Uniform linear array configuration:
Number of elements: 8
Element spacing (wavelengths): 0.5
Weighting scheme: binomial
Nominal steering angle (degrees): -30
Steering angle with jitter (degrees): -31.314
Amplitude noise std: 0.05
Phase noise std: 0.05

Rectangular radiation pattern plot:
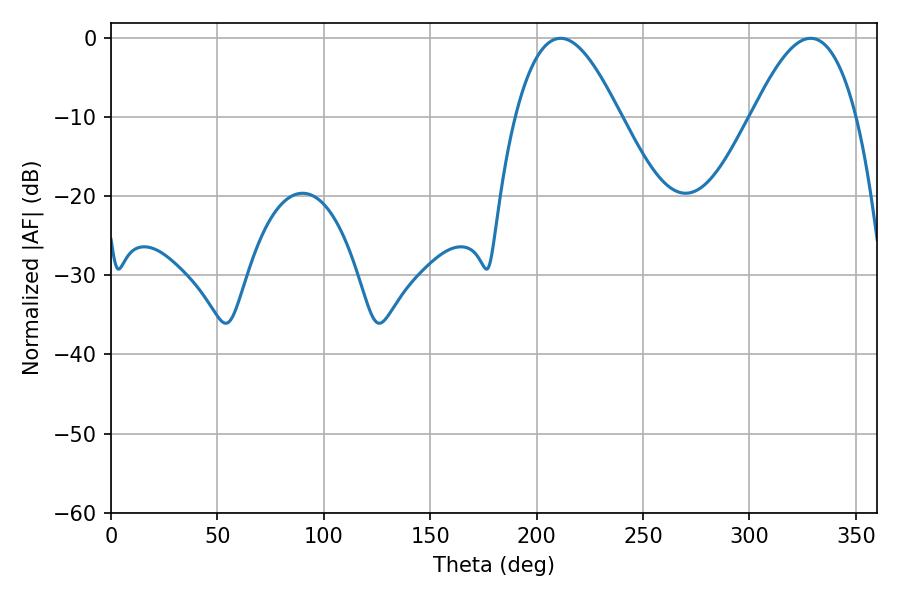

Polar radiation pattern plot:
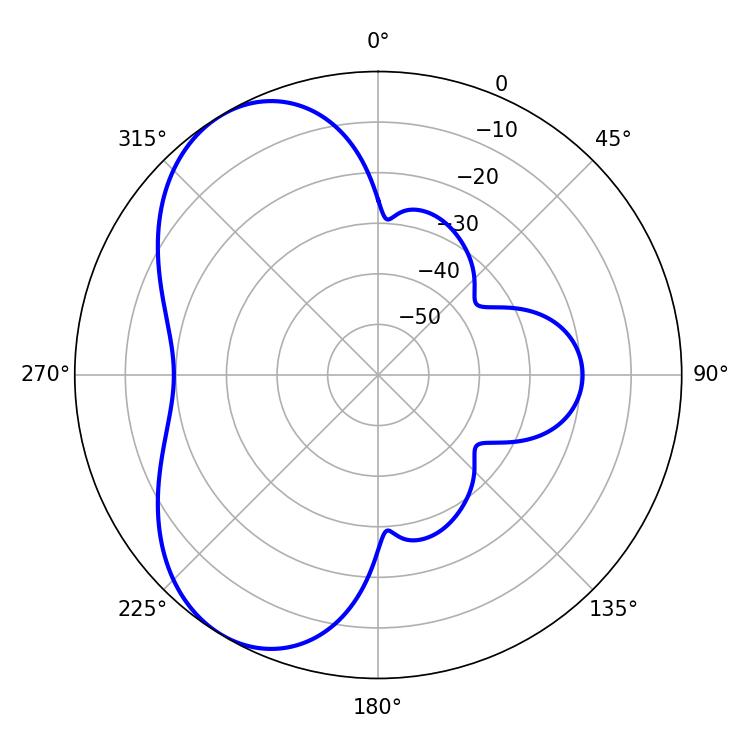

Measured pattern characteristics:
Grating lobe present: FALSE
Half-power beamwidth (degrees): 26.64
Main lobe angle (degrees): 211.32